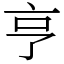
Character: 亨